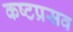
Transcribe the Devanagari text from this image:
कष्टप्रसव